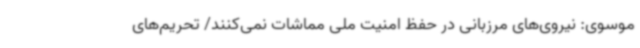
موسوی: نیروی‌های مرزبانی در حفظ امنیت ملی مماشات نمی‌کنند/ تحریم‌های